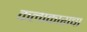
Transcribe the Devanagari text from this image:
कलाकाराचा